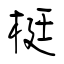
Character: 梃